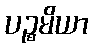
ပဉ္စမိယာ